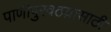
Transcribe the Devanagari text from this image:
पाणीपुरवठय़ासाठी